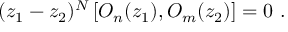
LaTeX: ( z _ { 1 } - z _ { 2 } ) ^ { N } \left[ O _ { n } ( z _ { 1 } ) , O _ { m } ( z _ { 2 } ) \right] = 0 \ .